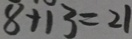
8 + 1 3 = 2 1